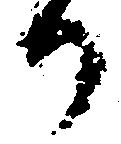
か